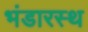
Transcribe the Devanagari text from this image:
भंडारस्थ